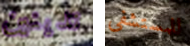
تدينين للمستشفى